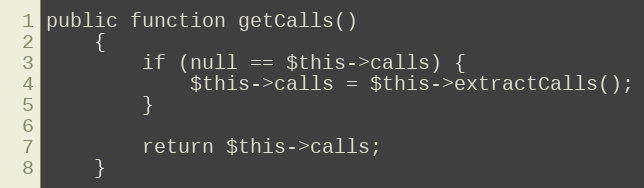
Language: PHP
public function getCalls()
    {
        if (null == $this->calls) {
            $this->calls = $this->extractCalls();
        }

        return $this->calls;
    }